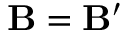
\mathbf { B } = \mathbf { B } ^ { \prime }